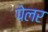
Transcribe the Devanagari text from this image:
पेलर